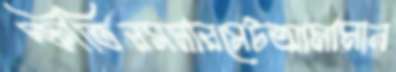
স্ফীতিরসমারসেটআমামান